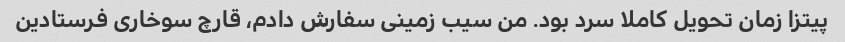
پیتزا زمان تحویل کاملا سرد بود. من سیب زمینی سفارش دادم، قارچ سوخاری فرستادین